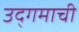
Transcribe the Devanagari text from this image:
उद्‌गमाची